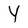
Character: Y